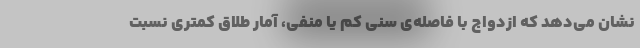
نشان می‌دهد که ازدواج با فاصله‌ی سنی کم یا منفی، آمار طلاق کمتری نسبت